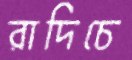
রাদিচে